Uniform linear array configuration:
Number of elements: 8
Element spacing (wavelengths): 0.25
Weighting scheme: uniform
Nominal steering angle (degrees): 0
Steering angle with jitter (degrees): -0.5705
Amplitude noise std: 0.05
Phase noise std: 0.05

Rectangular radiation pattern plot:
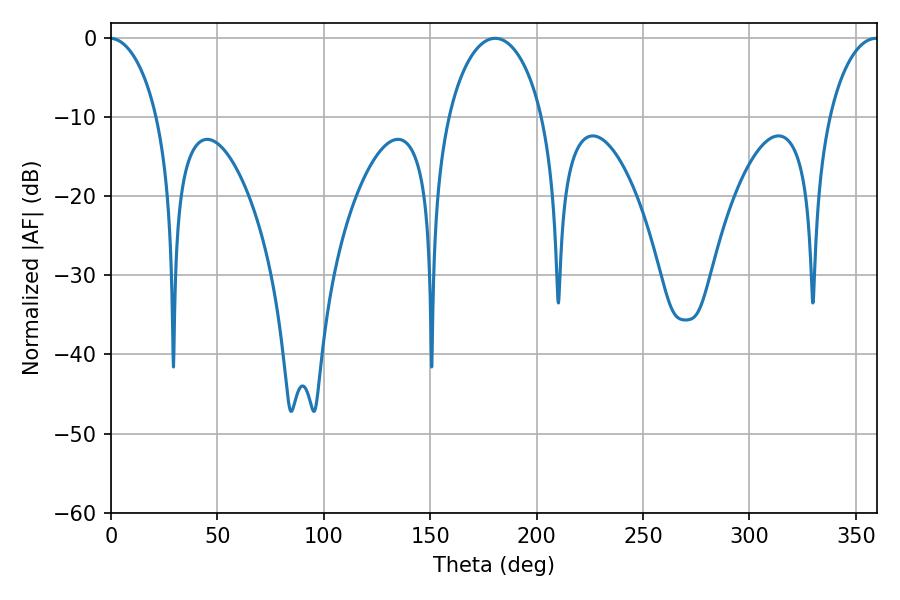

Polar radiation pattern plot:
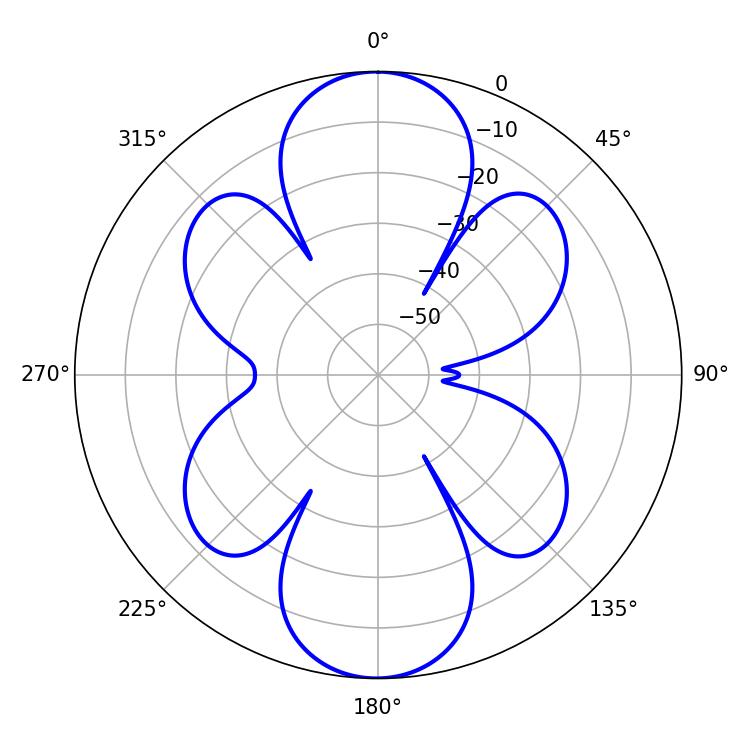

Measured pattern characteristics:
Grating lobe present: FALSE
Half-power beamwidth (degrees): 25.56
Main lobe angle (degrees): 180.54